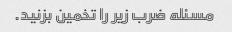
مسئله ضرب زیر را تخمین بزنید.